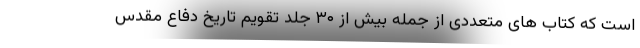
است که کتاب های متعددی از جمله بیش از ۳۰ جلد تقویم تاریخ دفاع مقدس